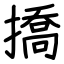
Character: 撟